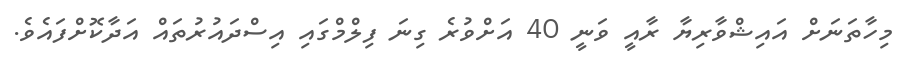
މިހާތަނަށް އައިޝްވާރިޔާ ރާއީ ވަނީ 40 އަށްވުރެ ގިނަ ފިލްމްގައި އިސްދައުރުތައް އަދާކޮށްފައެވެ.